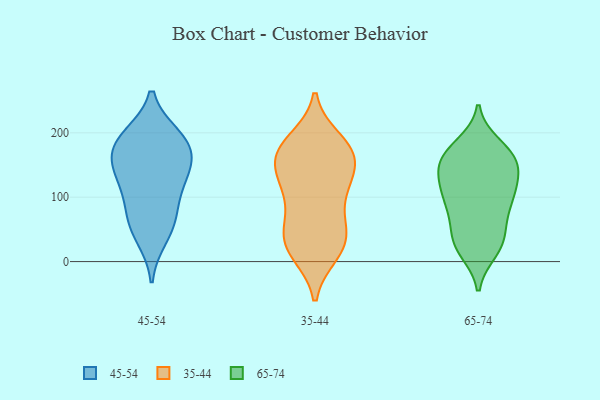
{"axis": {"x": "Inventory Turnover", "y": "Value"}, "legend": ["35-44", "45-54", "65-74"], "data": [{"x": "", "y": 179, "type": "45-54"}, {"x": "", "y": 152, "type": "45-54"}, {"x": "", "y": 38, "type": "45-54"}, {"x": "", "y": 191, "type": "45-54"}, {"x": "", "y": 69, "type": "45-54"}, {"x": "", "y": 96, "type": "45-54"}, {"x": "", "y": 127, "type": "45-54"}, {"x": "", "y": 131, "type": "45-54"}, {"x": "", "y": 184, "type": "45-54"}, {"x": "", "y": 151, "type": "45-54"}, {"x": "", "y": 59, "type": "45-54"}, {"x": "", "y": 194, "type": "45-54"}, {"x": "", "y": 161, "type": "35-44"}, {"x": "", "y": 169, "type": "35-44"}, {"x": "", "y": 39, "type": "35-44"}, {"x": "", "y": 14, "type": "35-44"}, {"x": "", "y": 179, "type": "35-44"}, {"x": "", "y": 117, "type": "35-44"}, {"x": "", "y": 64, "type": "35-44"}, {"x": "", "y": 117, "type": "35-44"}, {"x": "", "y": 38, "type": "35-44"}, {"x": "", "y": 117, "type": "35-44"}, {"x": "", "y": 19, "type": "35-44"}, {"x": "", "y": 111, "type": "35-44"}, {"x": "", "y": 162, "type": "35-44"}, {"x": "", "y": 21, "type": "35-44"}, {"x": "", "y": 161, "type": "35-44"}, {"x": "", "y": 52, "type": "35-44"}, {"x": "", "y": 169, "type": "35-44"}, {"x": "", "y": 187, "type": "35-44"}, {"x": "", "y": 180, "type": "65-74"}, {"x": "", "y": 115, "type": "65-74"}, {"x": "", "y": 159, "type": "65-74"}, {"x": "", "y": 115, "type": "65-74"}, {"x": "", "y": 26, "type": "65-74"}, {"x": "", "y": 141, "type": "65-74"}, {"x": "", "y": 161, "type": "65-74"}, {"x": "", "y": 165, "type": "65-74"}, {"x": "", "y": 132, "type": "65-74"}, {"x": "", "y": 89, "type": "65-74"}, {"x": "", "y": 118, "type": "65-74"}, {"x": "", "y": 162, "type": "65-74"}, {"x": "", "y": 92, "type": "65-74"}, {"x": "", "y": 18, "type": "65-74"}, {"x": "", "y": 26, "type": "65-74"}, {"x": "", "y": 76, "type": "65-74"}, {"x": "", "y": 83, "type": "65-74"}, {"x": "", "y": 37, "type": "65-74"}, {"x": "", "y": 165, "type": "65-74"}, {"x": "", "y": 38, "type": "65-74"}]}